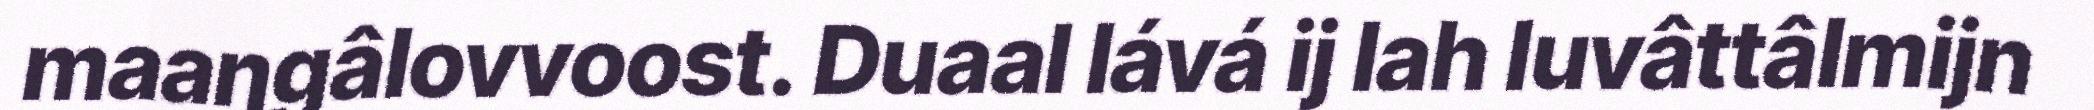
maaŋgâlovvoost. Duaal lává ij lah luvâttâlmijn